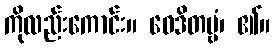
ကိုလည်းကောင်း။ ဝေဒိတဗ္ဗံ၊ ၏။